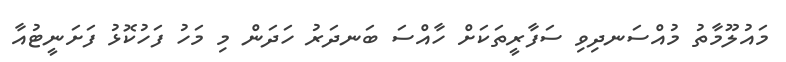
މައުލޫމާތު މުއްސަނދިވި ސަފާރީތަކަށް ހާއްސަ ބަނދަރު ހަދަން މި މަހު ފަހުކޮޅު ފަށަނީޓުއާ